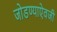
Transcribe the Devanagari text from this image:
जोडण्याऐवजी